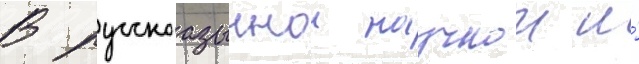
В русскоазычнои научнои и́